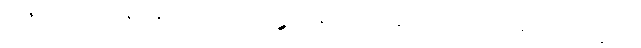
ရာဇမဟေသိဋ္ဌာနေ ဝဍ္ဎိတကာလော သဉ္ဆာဒေန္တိ ဒေါသဋ္ဌာနိယော ပစ္စာမိတ္တာနံ အဂ္ဂမဂ္ဂက္ခဏေ